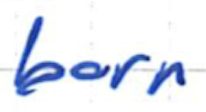
Text: born
Cross-out: clean
Writing tool: ballpoint